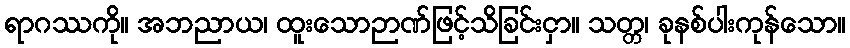
ရာဂဿကို။ အဘညာယ၊ ထူးသောဉာဏ်ဖြင့်သိခြင်းငှာ။ သတ္တ၊ ခုနစ်ပါးကုန်သော။